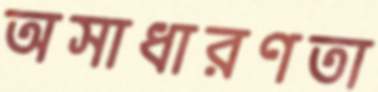
অসাধারণতা